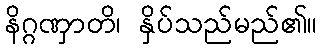
နိဂ္ဂဏှာတိ၊ နှိပ်သည်မည်၏။